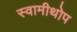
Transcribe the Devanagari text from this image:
स्वामीथोप